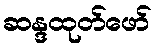
ဆန္ဒထုတ်ဖော်